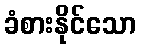
ခံစားနိုင်သော